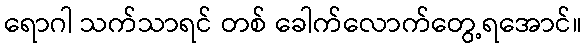
ရောဂါ သက်သာရင် တစ် ခေါက်လောက်တွေ့ရအောင်။